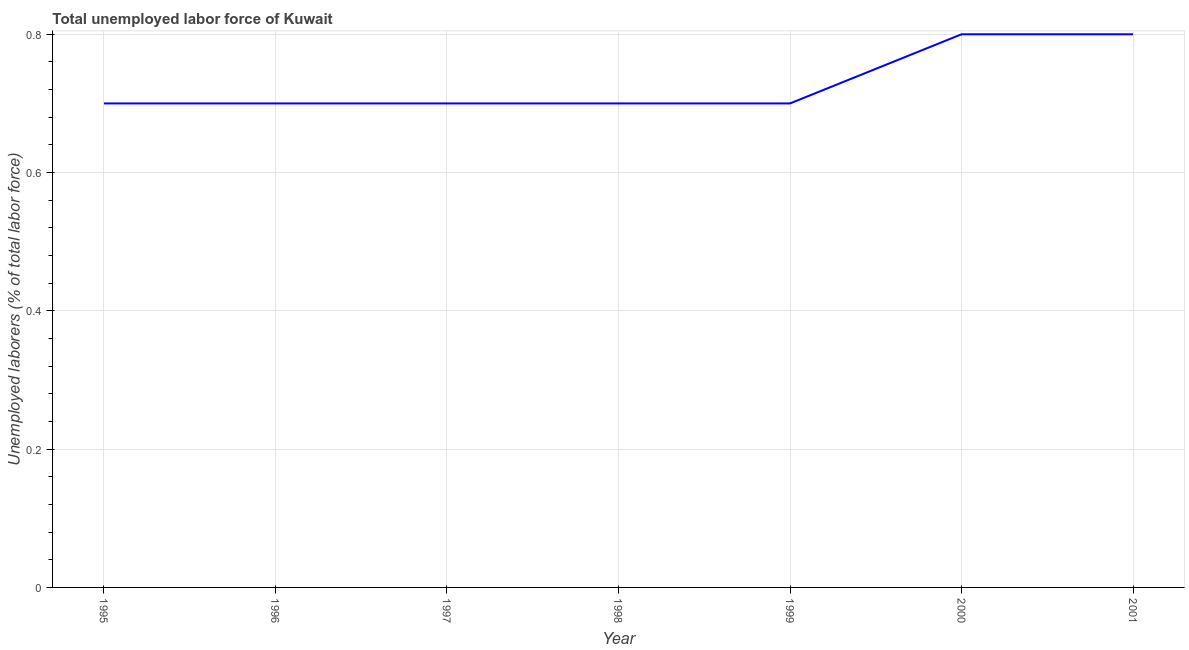
| Year | Unemployment total |
 | --- | --- |
 | 1995 | 0.7 |
 | 1996 | 0.7 |
 | 1997 | 0.7 |
 | 1998 | 0.7 |
 | 1999 | 0.7 |
 | 2000 | 0.8 |
 | 2001 | 0.8 |